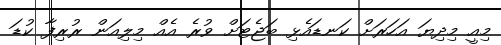
މިއީ މިދިޔަ އަހަރަށް ކަނޑައެޅި ބަޖެޓަށް ވުރެ އެއް މިލިއަން ރުރިފާ ކުޑަ